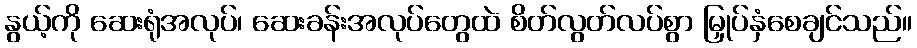
နွယ့်ကို ဆေးရုံအလုပ်၊ ဆေးခန်းအလုပ်တွေထဲ စိတ်လွတ်လပ်စွာ မြှုပ်နှံစေချင်သည်။